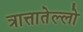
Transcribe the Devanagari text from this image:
त्रात्तातेल्लो